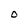
Character: O